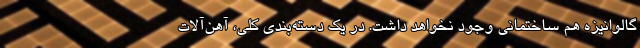
گالوانیزه هم ساختمانی وجود نخواهد داشت. در یک دسته‌بندی کلّی، آهن‌آلات